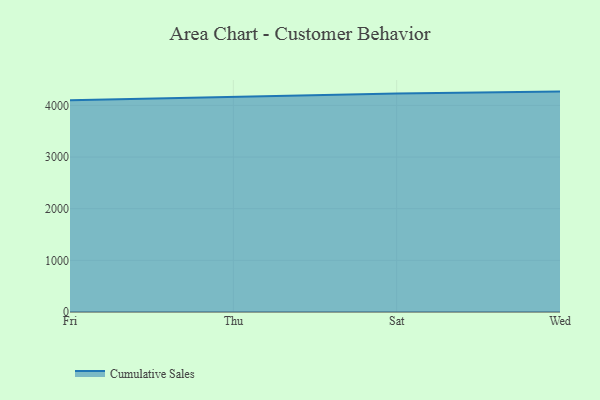
{"axis": {"x": "Day", "y": "Market Share (%)"}, "legend": ["Cumulative Sales"], "data": [{"x": "Fri", "y": 4101.8, "type": "Cumulative Sales"}, {"x": "Thu", "y": 4168.6, "type": "Cumulative Sales"}, {"x": "Sat", "y": 4229.1, "type": "Cumulative Sales"}, {"x": "Wed", "y": 4267.2, "type": "Cumulative Sales"}]}